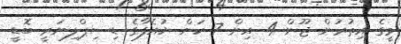
މީގެ އިތުރުން ޖޫން 4 އިން 7 ކަށް ޔުއެފާގެ ޑިސިޕްލިނަރީ ބޮޑީ